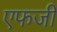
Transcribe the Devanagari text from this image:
एफजी